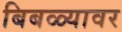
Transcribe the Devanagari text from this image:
बिबळ्यावर